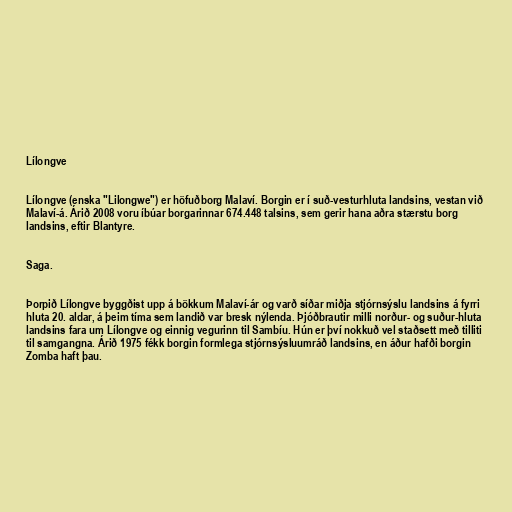
Lílongve

Lílongve (enska "Lilongwe") er höfuðborg Malaví. Borgin er í suð-vesturhluta landsins, vestan við
Malaví-á. Árið 2008 voru íbúar borgarinnar 674.448 talsins, sem gerir hana aðra stærstu borg
landsins, eftir Blantyre.

Saga.

Þorpið Lílongve byggðist upp á bökkum Malaví-ár og varð síðar miðja stjórnsýslu landsins á fyrri
hluta 20. aldar, á þeim tíma sem landið var bresk nýlenda. Þjóðbrautir milli norður- og suður-hluta
landsins fara um Lílongve og einnig vegurinn til Sambíu. Hún er því nokkuð vel staðsett með tilliti
til samgangna. Árið 1975 fékk borgin formlega stjórnsýsluumráð landsins, en áður hafði borgin
Zomba haft þau.